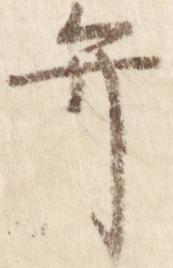
弁